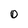
Character: O